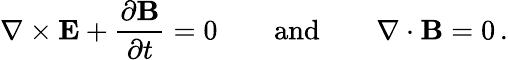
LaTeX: \nabla\times{\mathbf E}+\frac{\partial{\mathbf B}}{\partial t}=0\quad\quad\mathrm{and}\quad\quad\nabla\cdot{\mathbf B}=0\, .